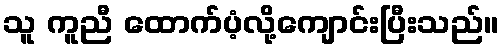
သူ ကူညီ ထောက်ပံ့လို့ကျောင်းပြီးသည်။